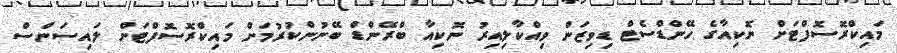
މައިކްރޮސޮފްޓަށް ނޮކިއާގެ ހޭންޑްސެޓް ޑިވިޒަން ވިއްކާލިއިރު ނޮކިއާ ބްރޭންޑް ބޭނުންކުރުމަށް މައިކްރޮސޮފްޓަށް ލައިސަންސް